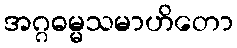
အဂ္ဂဓမ္မသမာဟိတော